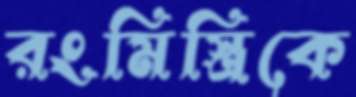
রংমিস্ত্রিকে